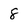
Character: 8